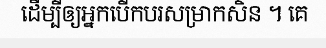
ដើម្បីឲ្យអ្នកបើកបរសម្រាកសិន ។ គេ